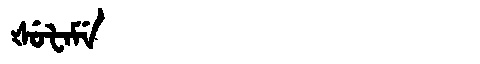
Manchu: ᡧᡠᡶᠠᠮᡝ
Romanization: ŠUFAME